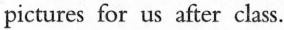
pictures for us after class.